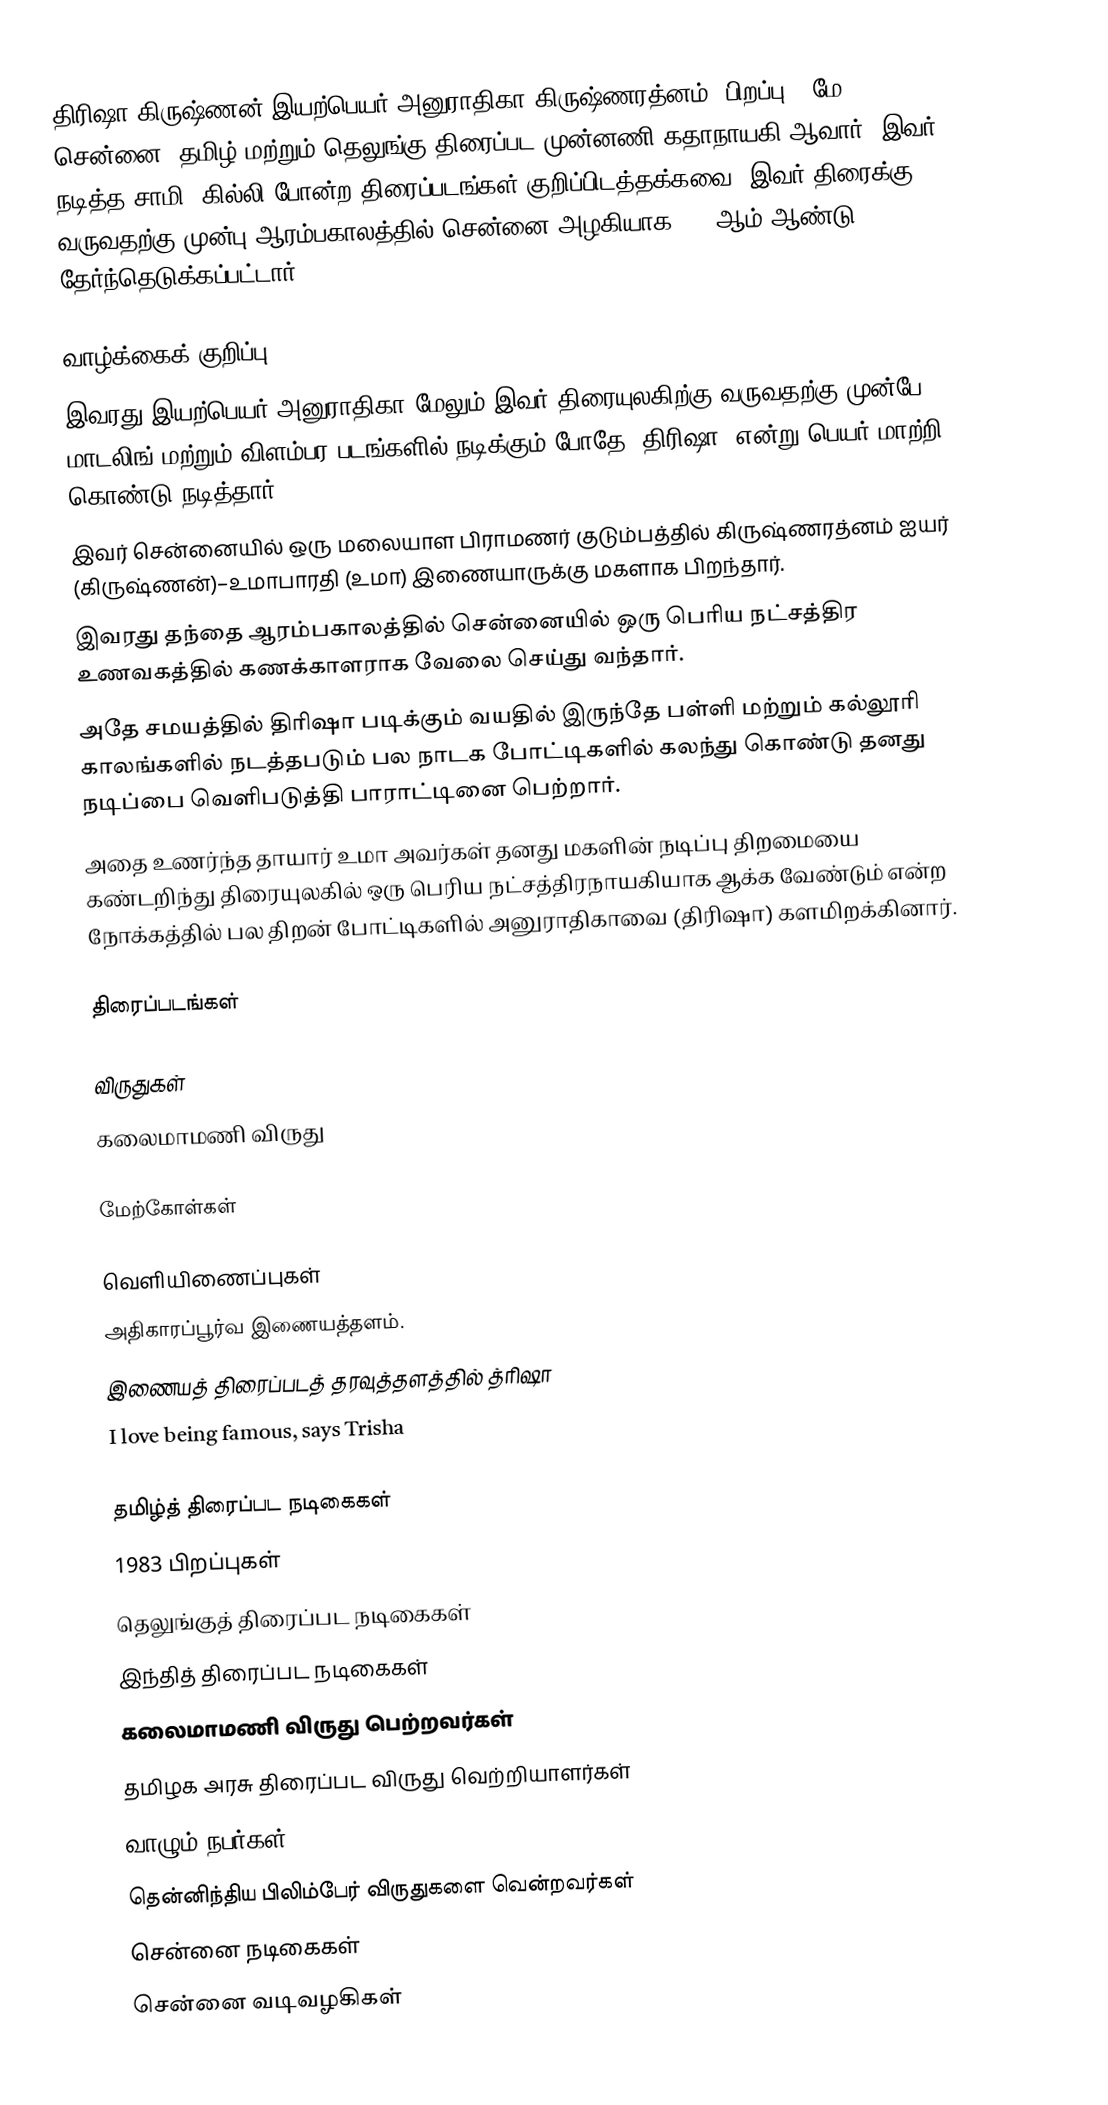
திரிஷா கிருஷ்ணன் இயற்பெயர்  அனுராதிகா கிருஷ்ணரத்னம் (பிறப்பு - மே 4, 1983, சென்னை) தமிழ் மற்றும் தெலுங்கு திரைப்பட முன்னணி கதாநாயகி ஆவார். இவர் நடித்த சாமி, கில்லி போன்ற திரைப்படங்கள் குறிப்பிடத்தக்கவை. இவர் திரைக்கு வருவதற்கு முன்பு ஆரம்பகாலத்தில் சென்னை அழகியாக 1999ஆம் ஆண்டு தேர்ந்தெடுக்கப்பட்டார்.

வாழ்க்கைக் குறிப்பு
 இவரது இயற்பெயர் அனுராதிகா மேலும் இவர் திரையுலகிற்கு வருவதற்கு முன்பே மாடலிங் மற்றும் விளம்பர படங்களில் நடிக்கும் போதே "திரிஷா" என்று பெயர் மாற்றி கொண்டு நடித்தார்.
 இவர் சென்னையில் ஒரு மலையாள பிராமணர் குடும்பத்தில் கிருஷ்ணரத்னம் ஐயர் (கிருஷ்ணன்)–உமாபாரதி (உமா) இணையாருக்கு மகளாக பிறந்தார்.
 இவரது தந்தை ஆரம்பகாலத்தில் சென்னையில் ஒரு பெரிய நட்சத்திர உணவகத்தில் கணக்காளராக வேலை செய்து வந்தார்.
 அதே சமயத்தில் திரிஷா படிக்கும் வயதில் இருந்தே பள்ளி மற்றும் கல்லூரி காலங்களில் நடத்தபடும் பல நாடக போட்டிகளில் கலந்து கொண்டு தனது நடிப்பை வெளிபடுத்தி பாராட்டினை பெற்றார்.
 அதை உணர்ந்த தாயார் உமா அவர்கள் தனது மகளின் நடிப்பு திறமையை கண்டறிந்து திரையுலகில் ஒரு பெரிய நட்சத்திரநாயகியாக ஆக்க வேண்டும் என்ற நோக்கத்தில் பல திறன் போட்டிகளில் அனுராதிகாவை (திரிஷா) களமிறக்கினார்.

திரைப்படங்கள்

விருதுகள்
 கலைமாமணி விருது

மேற்கோள்கள்

வெளியிணைப்புகள்
 அதிகாரப்பூர்வ இணையத்தளம்.
 இணையத் திரைப்படத் தரவுத்தளத்தில் த்ரிஷா
 I love being famous, says Trisha

தமிழ்த் திரைப்பட நடிகைகள்
1983 பிறப்புகள்
தெலுங்குத் திரைப்பட நடிகைகள்
இந்தித் திரைப்பட நடிகைகள்
கலைமாமணி விருது பெற்றவர்கள்
தமிழக அரசு திரைப்பட விருது வெற்றியாளர்கள்
வாழும் நபர்கள்
தென்னிந்திய பிலிம்பேர் விருதுகளை வென்றவர்கள்
சென்னை நடிகைகள்
சென்னை வடிவழகிகள்